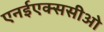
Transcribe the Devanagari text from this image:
एनईएक्ससीओ